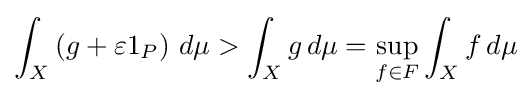
\int _{X}\left(g+\varepsilon 1_{P}\right)\,d\mu >\int _{X}g\,d\mu =\sup _{f\in F}\int _{X}f\,d\mu